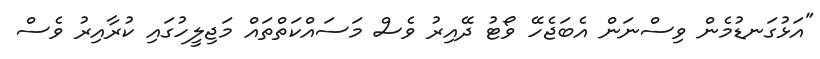
"އަޅުގަނޑުމެން ވިސްނަން އެބަޖެހޭ ވޯޓު ދޭއިރު ވެސް މަސައްކަތްތައް މަޖިލީހުގައި ކުރާއިރު ވެސް